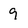
Character: 9